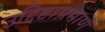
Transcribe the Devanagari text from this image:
उद्दिष्टाप्रमाणे